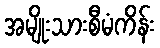
အမျိုးသားစီမံကိန်း